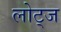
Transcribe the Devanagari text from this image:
लोट्ज